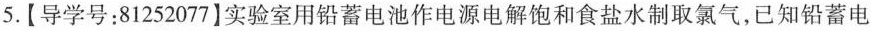
5.【导学号：81252077】实验室用铅蓄电池作电源电解饱和食盐水制取氯气，已知铅蓄电